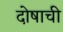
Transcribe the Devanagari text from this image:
दोषाची